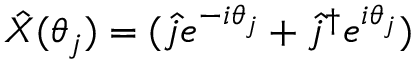
\hat { X } ( \theta _ { j } ) = ( \hat { j } e ^ { - i \theta _ { j } } + \hat { j } ^ { \dagger } e ^ { i \theta _ { j } } )